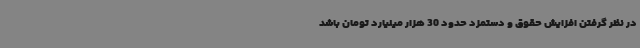
در نظر گرفتن افزایش حقوق و دستمزد حدود 30 هزار میلیارد تومان باشد